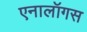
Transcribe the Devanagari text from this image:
एनालॉगस